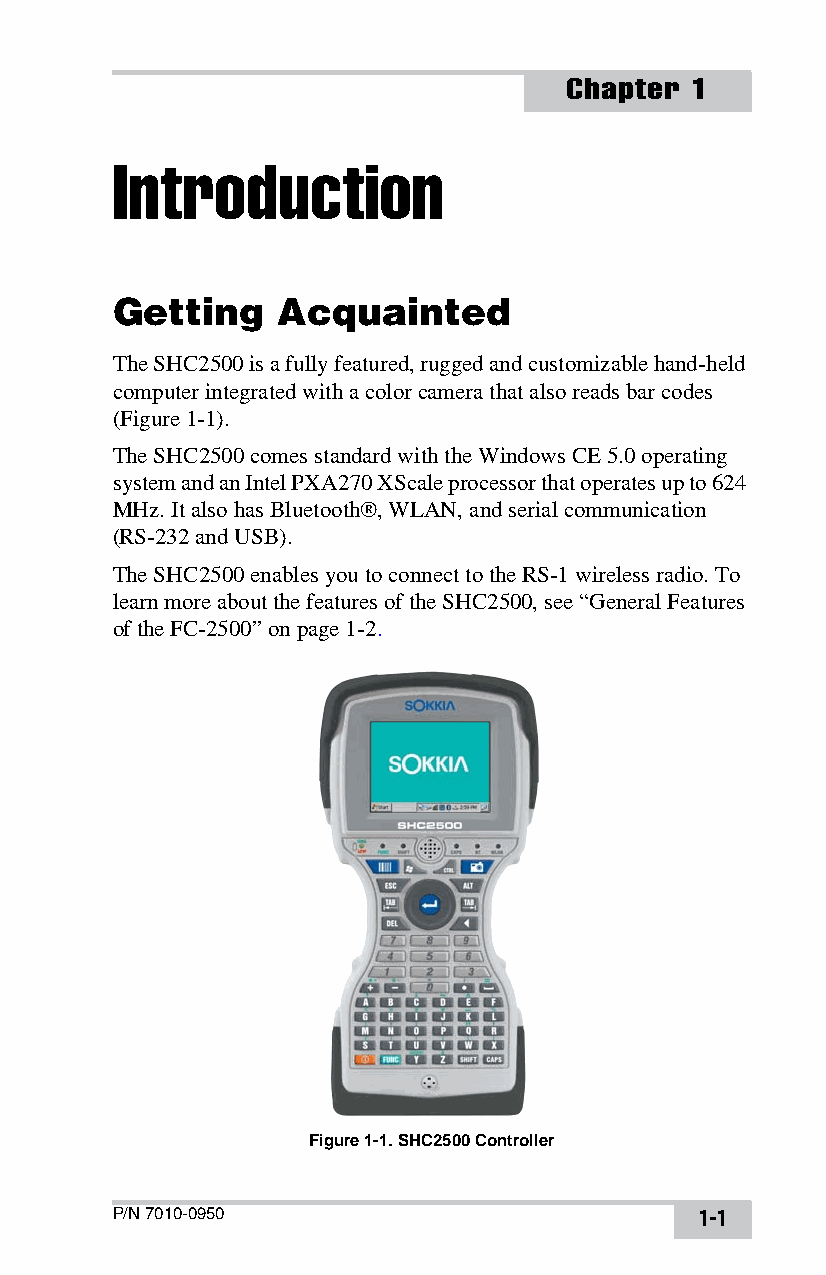
Chapter  1
 Introduction
 Getting    Acquainted
 The SHC2500 is a fully featured, rugged and customizable hand-held
 computer integrated with a color camera that also reads bar codes
 (Figure1-1).
 The SHC2500 comes standard with the Windows CE 5.0 operating
 system and an Intel PXA270 XScale processor that operates up to 624
 MHz. It also has Bluetooth®, WLAN, and serial communication
 (RS-232 and USB).
 The SHC2500 enables you to connect to the RS-1 wireless radio. To
 learn more about the features of the SHC2500, see “General Features
 of the FC-2500” on page1-2.
 Figure 1-1. SHC2500 Controller
 P/N 7010-0950                          1-1